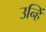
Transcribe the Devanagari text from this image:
उन्हिं